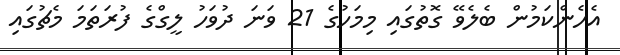
އެހެންކަމުން ބެލެވޭ ގޮތުގައި މިމަހުގެ 21 ވަނަ ދުވަހު ލީގްގެ ފުރަތަމަ މެޗުގައި